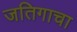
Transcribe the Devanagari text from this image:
जतिगाचा